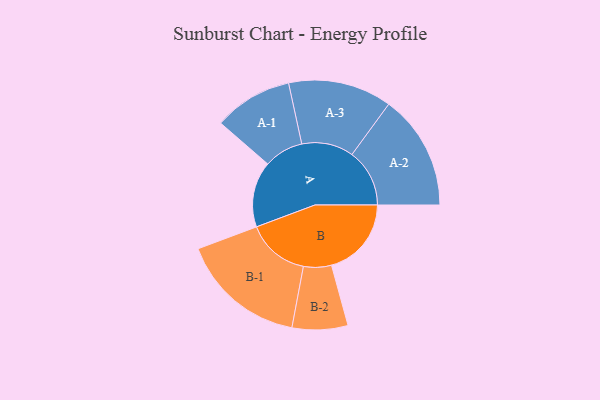
{"axis": {"x": "Segment", "y": "Value"}, "legend": ["", "A", "B"], "data": [{"x": "A", "y": 307, "type": ""}, {"x": "B", "y": 373, "type": ""}, {"x": "A-1", "y": 184, "type": "A"}, {"x": "A-2", "y": 269, "type": "A"}, {"x": "A-3", "y": 242, "type": "A"}, {"x": "B-1", "y": 294, "type": "B"}, {"x": "B-2", "y": 130, "type": "B"}]}